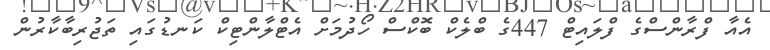
އެއާ ފްރާންސްގެ ފްލައިޓް 447ގެ ބްލެކް ބޮކްސް ހޯދުމަށް އެޓްލާންޓިކް ކަނޑުގައި ތަޖުރިބާކާރުން